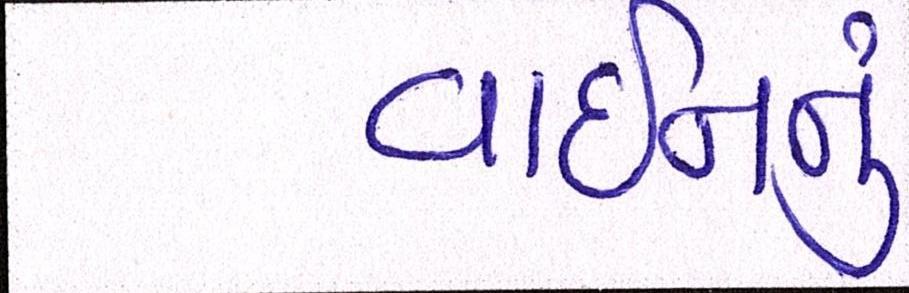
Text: વાઇનનું